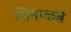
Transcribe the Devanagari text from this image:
शिनाकबे